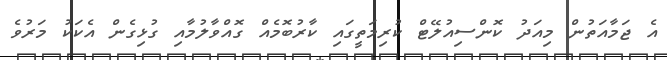
އެ ޖަމާއަތުން މިއަދު ކޮންސިއުލޭޓް ކުރިމަތީގައި ކާރުބޮމެއް ގޮއްވާލުމާއި ގުޅިގެން އެކަކު މަރުވެ